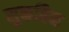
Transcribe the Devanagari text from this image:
सुकविन